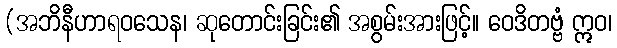
(အဘိနီဟာရဝသေန၊ ဆုတောင်းခြင်း၏ အစွမ်းအားဖြင့်။ ဝေဒိတဗ္ဗံ ဣဝ၊